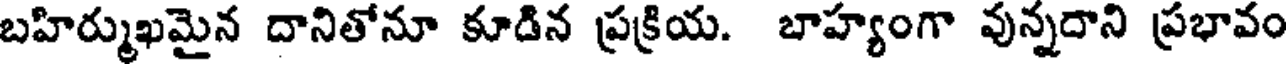
బహిర్ముఖమైన దానితోనూ కూడిన ప్రక్రియ. బాహ్యంగా వున్నదాని ప్రభావం